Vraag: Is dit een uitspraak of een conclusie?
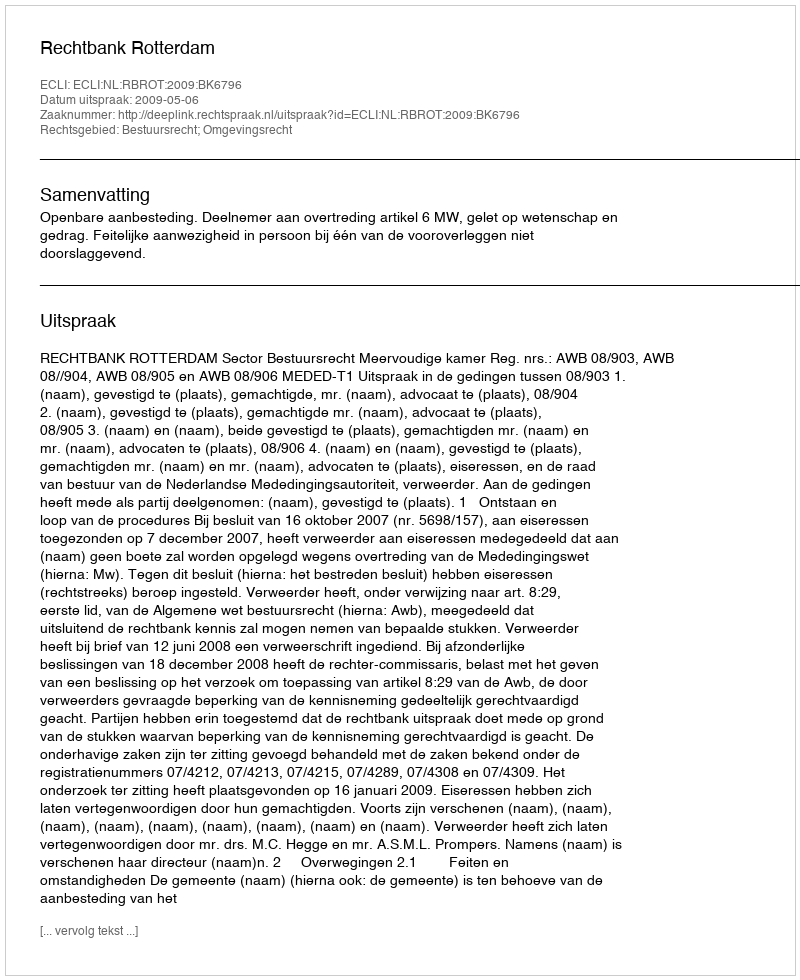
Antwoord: Uitspraak